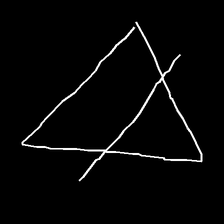
Glyph: empower